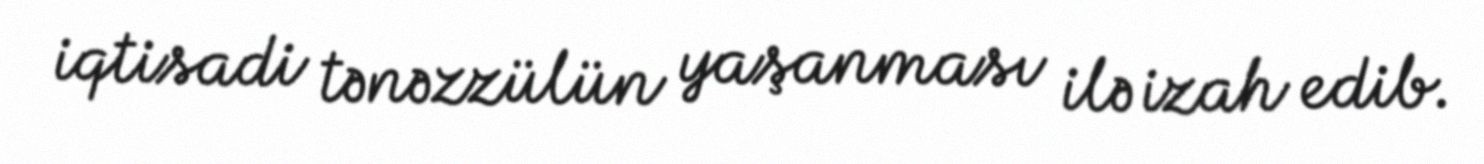
iqtisadi tənəzzülün yaşanması ilə izah edib.